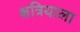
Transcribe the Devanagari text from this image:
क्षत्रियाला